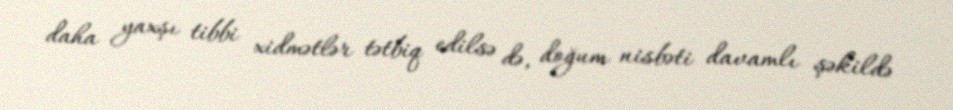
daha yaxşı tibbi xidmətlər tətbiq edilsə də, doğum nisbəti davamlı şəkildə